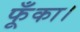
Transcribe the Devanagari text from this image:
फूँका।